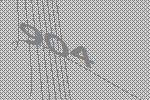
904